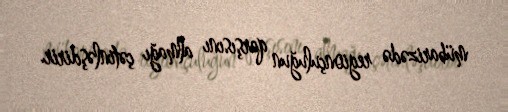
mübarizədə regionçuluğun qarşısını almağı çətinləşdirir.